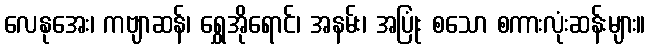
လေနုအေး၊ ကဗျာဆန်၊ ရွှေအိုရောင်၊ အနမ်း၊ အပြုံး စသော စကားလုံးဆန်းများ။